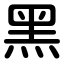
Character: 黑